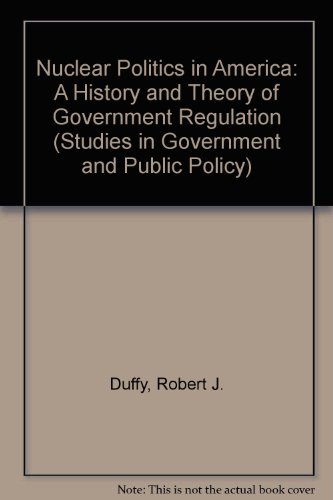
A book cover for Nuclear Politics in America: A History and Theory of Government Regulation (Studies in Government & Public Policy); Robert J. Duffy; Law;